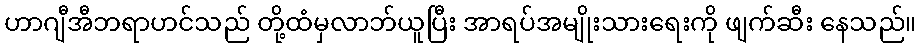
ဟာဂျီအီဘရာဟင်သည် တို့ထံမှလာဘ်ယူပြီး အာရပ်အမျိုးသားရေးကို ဖျက်ဆီး နေသည်။